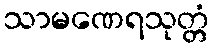
သာမဏေရသုတ္တံ